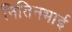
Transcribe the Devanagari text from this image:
नितिनभाई